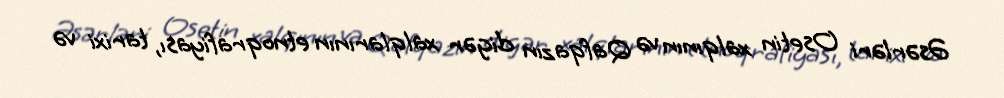
Əsərləri Osetin xalqının və Qafqazın digər xalqlarının etnoqrafiyası, tarixi və